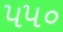
૫૫૦